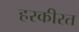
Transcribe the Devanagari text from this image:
हरकीरत